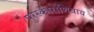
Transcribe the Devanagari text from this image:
पुरस्काराशिवाय